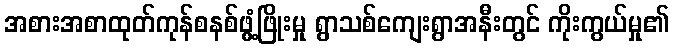
အစားအစာထုတ်ကုန်စနစ်ဖွံ့ဖြိုးမှု ရွာသစ်ကျေးရွာအနီးတွင် ကိုးကွယ်မှု၏